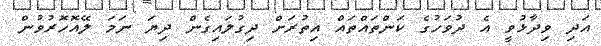
އަދި ވިދާޅުވީ އެ ދުވަހުގެ ކަންތައްތައް އިތުރަށް ދިގުލައިގެން ދިޔަ ނަމަ ލޭއޮހޮރުވުން